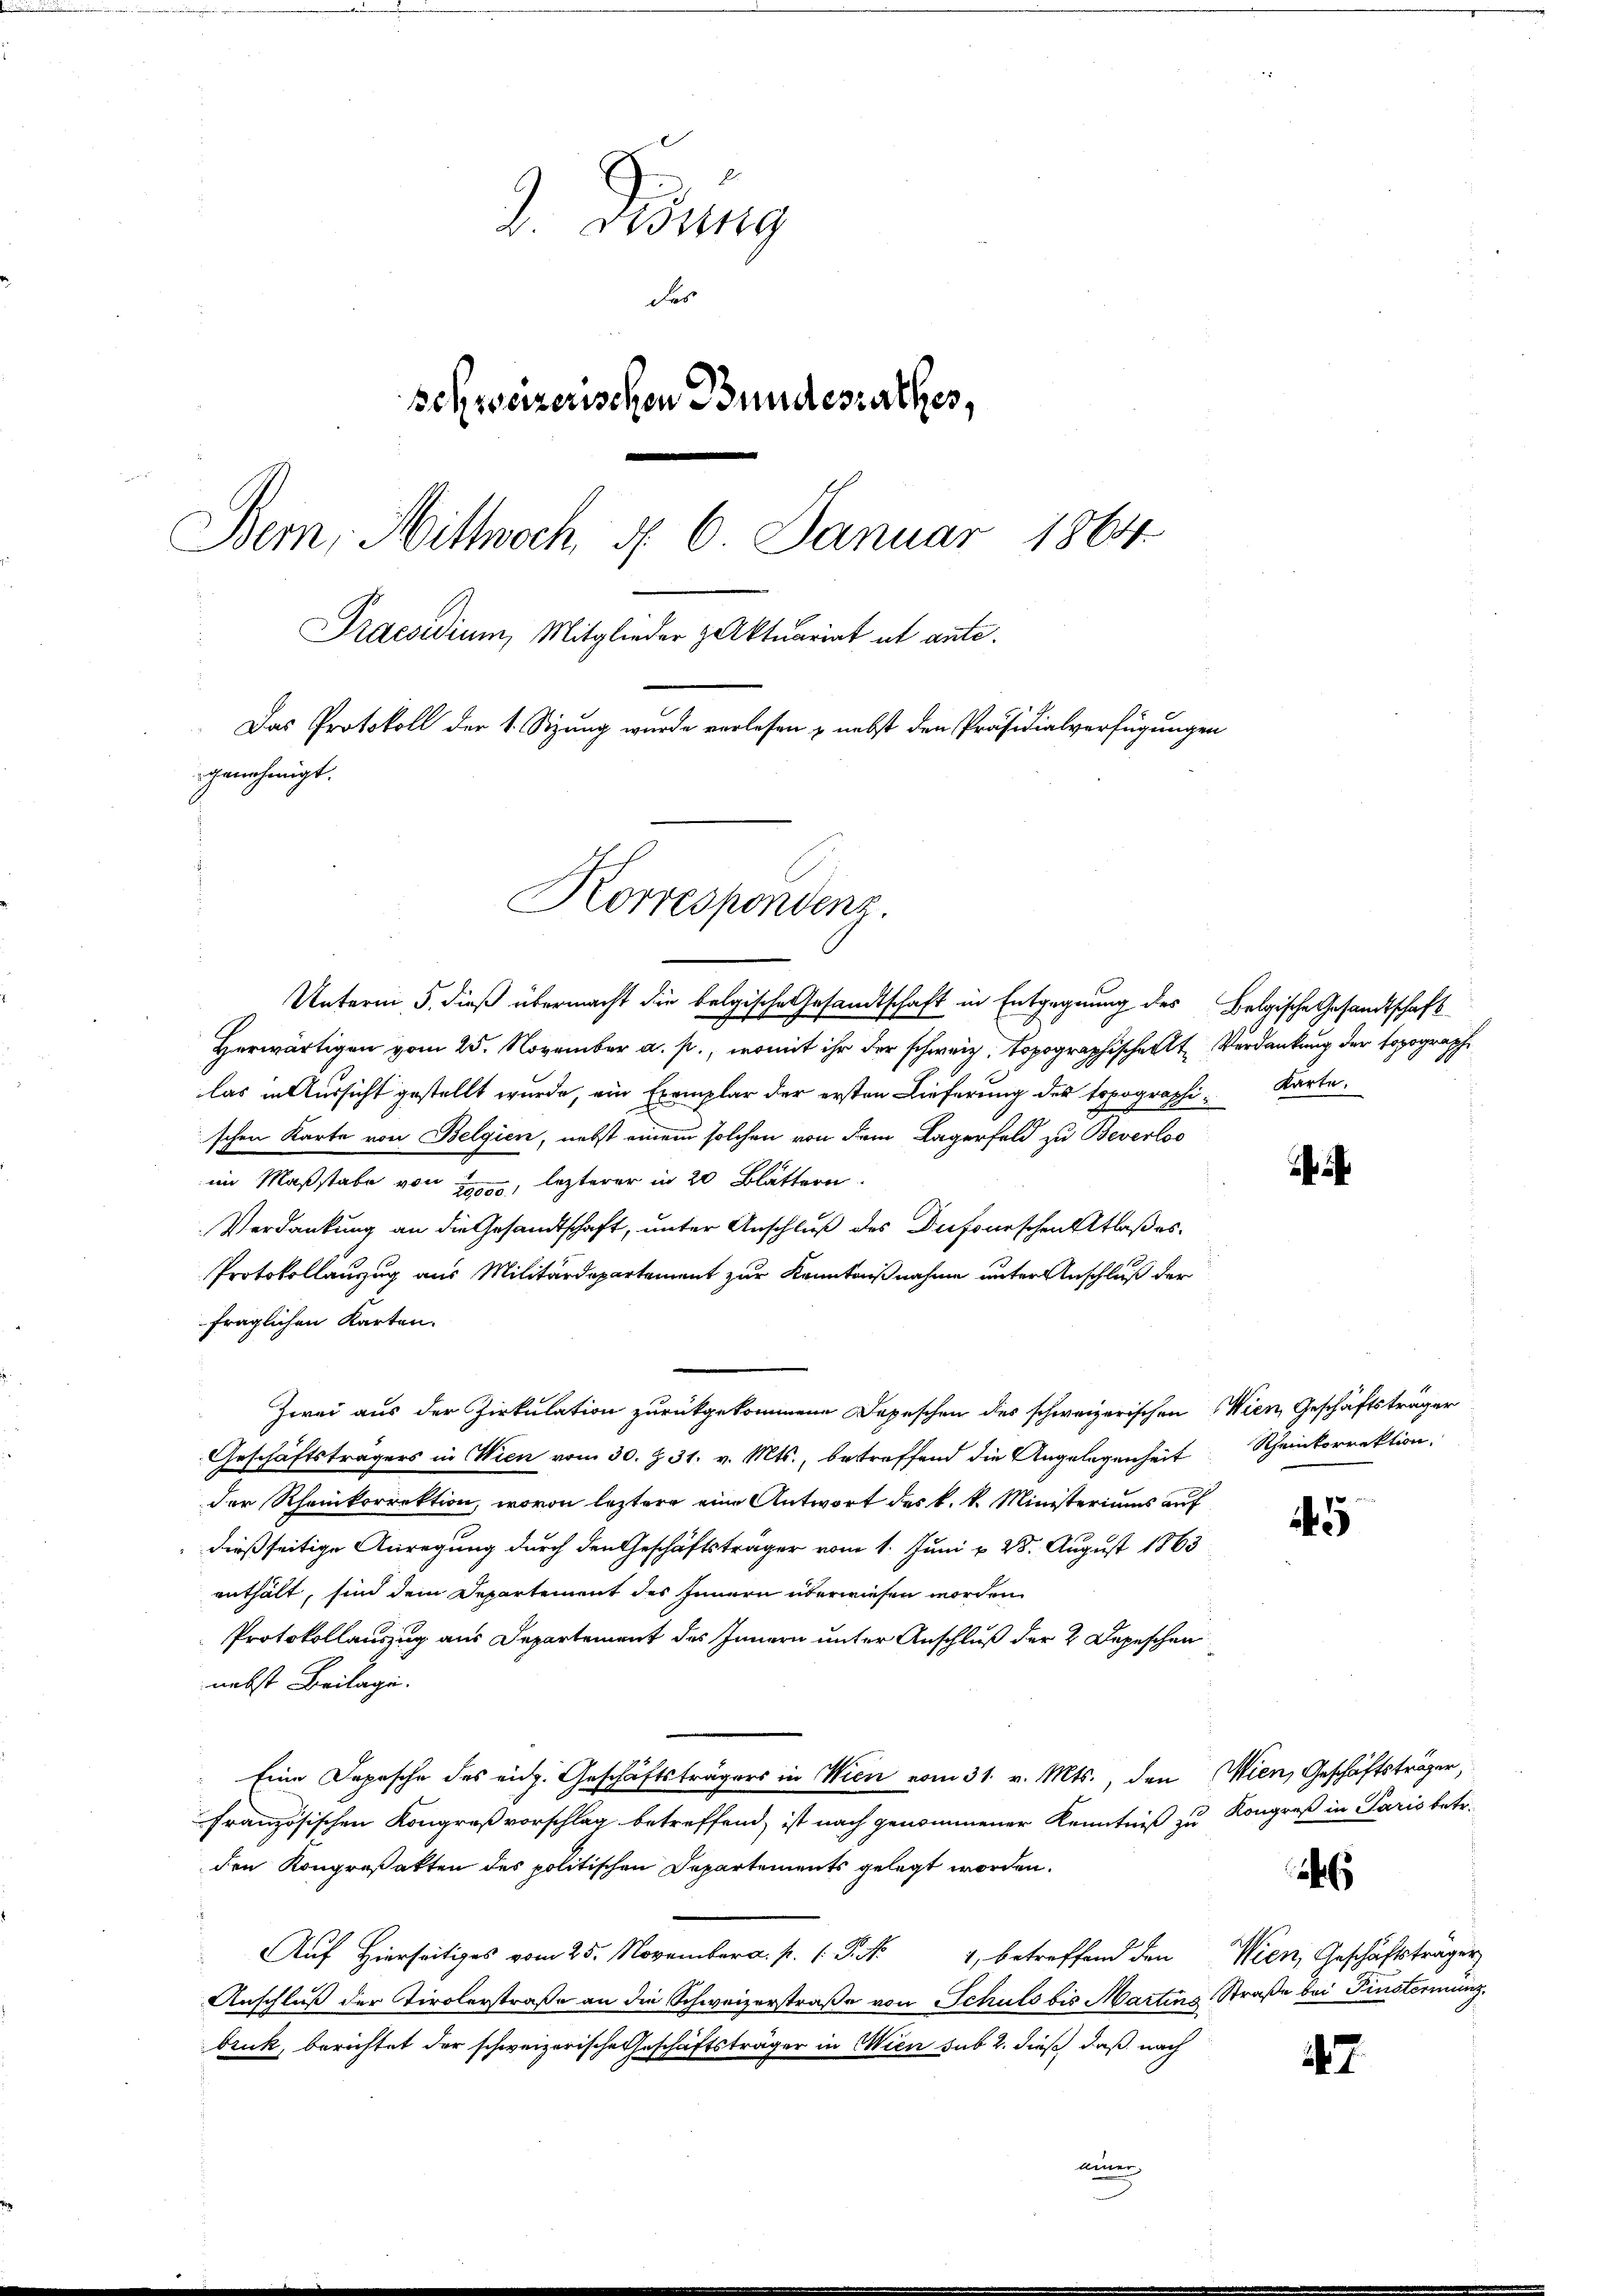
Bung
des
Behweizerischen Bundesrathes,
Bern, Mittwoch §. 6. Januar 1864
Praesidium, Mitglieder z Aktuariat ut ante.
Das Protokoll der 1. Sizung wurde verlesen & nebst den Präsidialverfügungen
genehmigt.
Korrespondenz.

Unterm 5. dieß übermacht die belgische Gesandtschaft in Entgegnung des Belgische Gesandtschaft
Herwärtigen vom 25. November a. p., womit ihr der schweiz. Topographischen Verdankung der topograph
las in Aussicht gestellt wurde, ein Exemplar der ersten Lieferung des topographi-Karte.
schen Karte von Belgien, nebst einem solchen von dem Lagerfeld zu Beverloo
im Maßstabe von ein, lezterer in 20 Blättern
Verdankung an die Gesandtschaft, unter Anschluß des Dufourschen Atlas es.
Protokollanzug aus Militärdepartement zur Kenntnißnahme unter Anschluß der
fraglichen Karten.
Zwei aus der Zirkulation zurückgekommene Depeschen des schweizerischen Wien, Geschäftsträger
Geschäftsträgers in Wien vom 30. Z. 31. v. Mts., betreffend die Angelegenheit Rheinkorrektion,
der Rheinkorrektion, wovon leztere eine Antwort des k. k. Ministeriums auf
dießseitige Anregung durch den Geschäftsträger vom 1. Juni v. 28. August 1863
enthält, sind dem Departement des Innern überwiesen worden.
Protokollauszug aus Departement des Innern unter Anschluß der 2 Depeschen
nebst Beilage.
Eine Depesche des eidg. Geschäftsträgers in Wien vom 31. v. Mts., den Wien, Geschäftsträger,
französischen Kongreß vorschlag betreffend, ist nach genommener Kenntniß zu Kongreß in Paris betr.
den Kongreßakten des politischen Departements gelegt worden.
Aŭf Hierseits vom 25. November. p. P. Nr. 4 betreffend den Wien, Geschäftsträger
Anschluß der Tirolerstraße an die Schweizerstraße von Schuls bis Martins Straße bei Finstermangbruk, berichtet der schweizerische Geschäftsträger in Wien sub 2. dieß, daß nach
leiner,

5

2

47